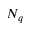
N _ { q }